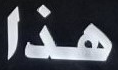
هذا